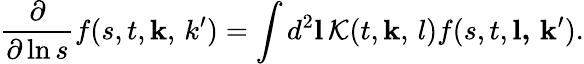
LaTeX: \frac{\partial}{\partial\ln s}f(s,t,{\mathbf k,\, k^{\prime}})=\int d^{2}{\mathbf l}\, {\cal K}(t,{\mathbf k,\, l})f(s,t,\mathbf{l,\, k^{\prime}}).